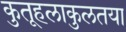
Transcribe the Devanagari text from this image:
कुतूहलाकुलतया